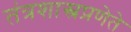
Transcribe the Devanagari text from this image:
तंत्रशास्त्रप्रणेते